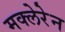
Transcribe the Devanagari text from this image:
मक्लेरेन